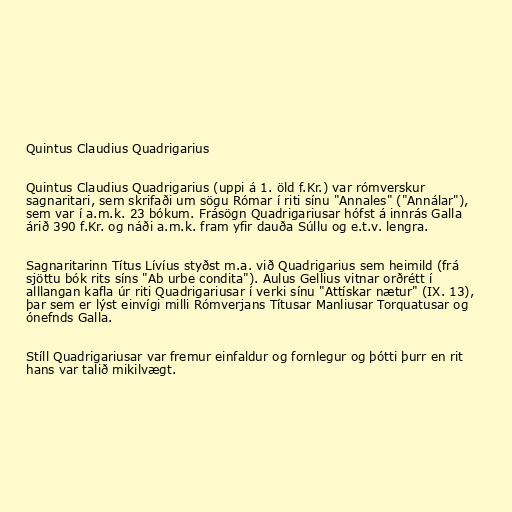
Quintus Claudius Quadrigarius

Quintus Claudius Quadrigarius (uppi á 1. öld f.Kr.) var rómverskur
sagnaritari, sem skrifaði um sögu Rómar í riti sínu "Annales" ("Annálar"),
sem var í a.m.k. 23 bókum. Frásögn Quadrigariusar hófst á innrás Galla
árið 390 f.Kr. og náði a.m.k. fram yfir dauða Súllu og e.t.v. lengra.

Sagnaritarinn Títus Lívíus styðst m.a. við Quadrigarius sem heimild (frá
sjöttu bók rits síns "Ab urbe condita"). Aulus Gellius vitnar orðrétt í
alllangan kafla úr riti Quadrigariusar í verki sínu "Attískar nætur" (IX. 13),
þar sem er lýst einvígi milli Rómverjans Títusar Manliusar Torquatusar og
ónefnds Galla.

Stíll Quadrigariusar var fremur einfaldur og fornlegur og þótti þurr en rit
hans var talið mikilvægt.